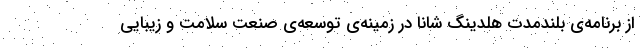
از برنامه‌ی بلندمدت هلدینگ شانا در زمینه‌ی توسعه‌ی صنعت سلامت و زیبایی